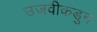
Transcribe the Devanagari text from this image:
उजवीकडुन